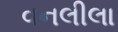
વનલીલા